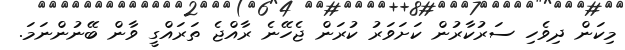
މިކަން ދިވެހި ސަރުކާރުން ކަށަވަރު ކުރަން ޖެހޭނެ ރާއްޖެ ތަރައްގީ ވާން ބޭނުންނަމަ.